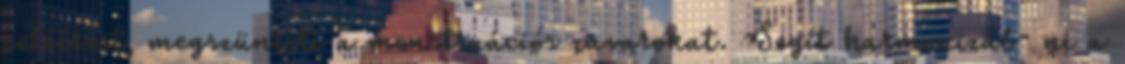
peteérést, megszünteti a menstruációs zavarokat. Segít harmonizál- ni a